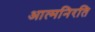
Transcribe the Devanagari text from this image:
आत्मनिरति